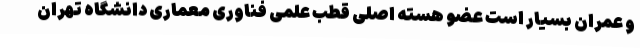
و عمران بسیار است عضو هسته اصلی قطب علمی فناوری معماری دانشگاه تهران